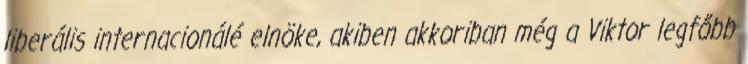
liberális internacionálé elnöke, a­kiben akkoriban még a Viktor legfőbb